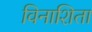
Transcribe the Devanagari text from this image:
विनाशिता